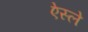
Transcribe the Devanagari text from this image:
ऐस्ले